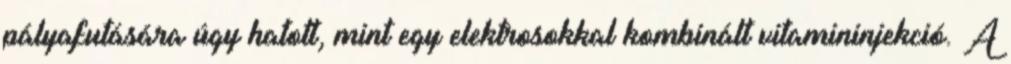
pályafutására úgy hatott, mint egy elektrosokkal kombinált vitamininjekció. A